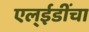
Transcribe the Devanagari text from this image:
एल्‌ईडींचा